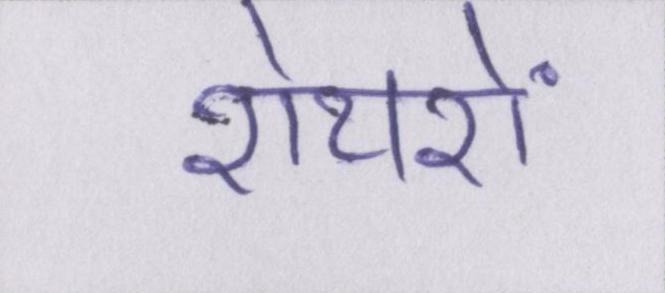
शेयरों